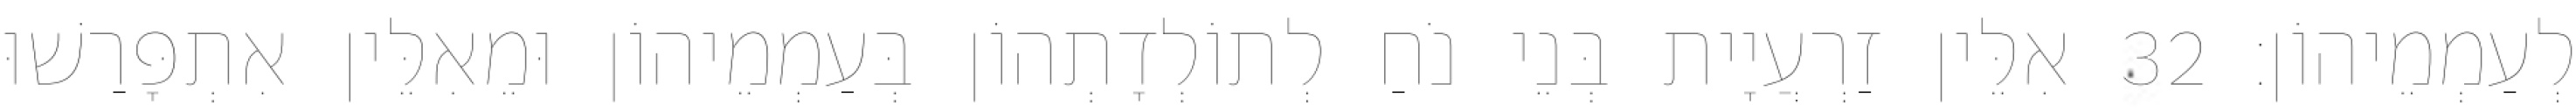
לְעַמְמֵיהוֹן׃ 32 אִלֵּין זַרְעֲיָית בְּנֵי נֹחַ לְתוֹלְדָתְהוֹן בְּעַמְמֵיהוֹן וּמֵאִלֵּין אִתְפָּרַשׁוּ